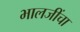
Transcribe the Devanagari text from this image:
भालजींचा